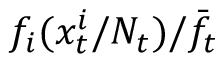
f _ { i } ( x _ { t } ^ { i } / N _ { t } ) / \bar { f } _ { t }